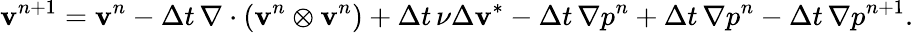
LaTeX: \mathbf{v}^{n+1}=\mathbf{v}^{n}-{\Delta t}\, \nabla\cdot(\mathbf{v}^{n}\otimes\mathbf{v}^{n})+{\Delta t}\, \nu\Delta\mathbf{v}^{*}-{\Delta t}\, \nabla p^{n}+{\Delta t}\, \nabla p^{n}-{\Delta t}\, \nabla p^{n+1}.